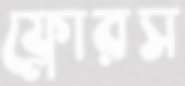
ফ্লোরস